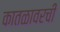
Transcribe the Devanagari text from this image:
कातळावरची